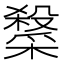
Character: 𭯂